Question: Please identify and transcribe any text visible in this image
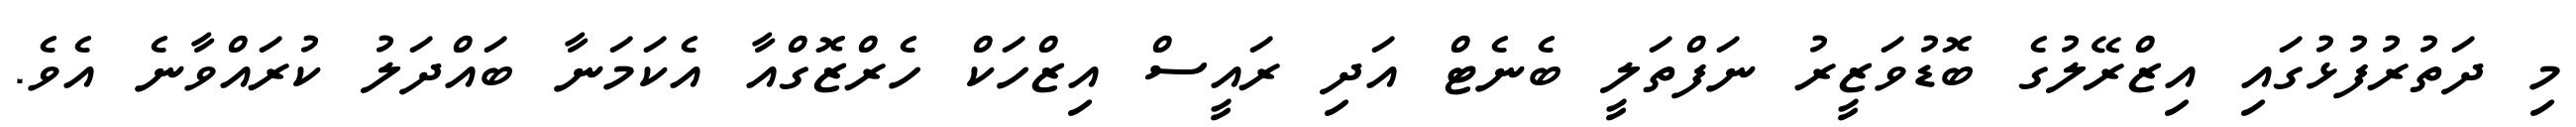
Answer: މި ދަތުރުފުޅުގައި އިޒްރޭލުގެ ބޮޑުވަޒީރު ނަފްތަލީ ބެނެޓް އަދި ރައީސް އިޒްހަކް ހެރްޒޮގްއާ އެކަމަނާ ބައްދަލު ކުރައްވާނެ އެވެ.